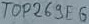
Text: TOP269E6